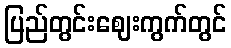
ပြည်တွင်းဈေးကွက်တွင်